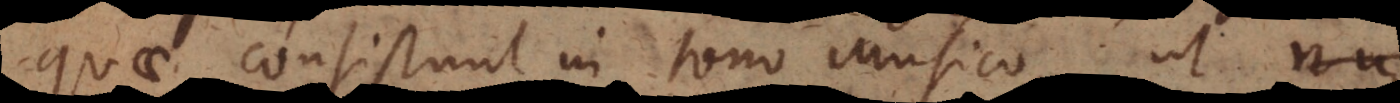
quae consistunt in tono Musico, ut nu